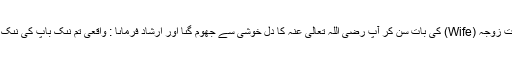
“نىک بخت زوجہ (Wife) کى بات سُن کر آپ رَضِیَ اللّٰہُ تَعَالٰی عَنْہُ کا دِل خوشى سے جھوم گىا اور اِرشاد فرماىا : واقعى تم نىک باپ کى نىک بىٹى ہو ۔